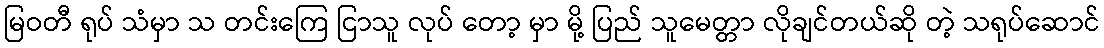
မြဝတီ ရုပ် သံမှာ သ တင်းကြေ ငြာသူ လုပ် တော့ မှာ မို့ ပြည် သူမေတ္တာ လိုချင်တယ်ဆို တဲ့ သရုပ်ဆောင်